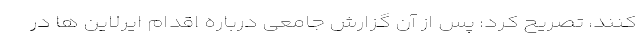
کنند، تصریح کرد: پس از آن گزارش جامعی درباره اقدام ایرلاین ها در